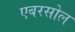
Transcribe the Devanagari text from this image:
एबरसोल